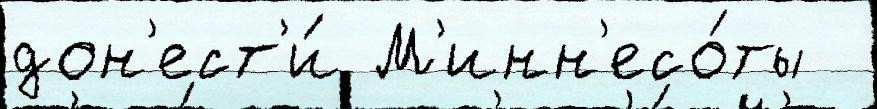
дон'ест'и́ М'инн'есо́ты